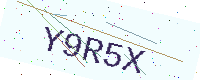
Text: Y9R5X